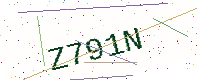
Text: Z791N